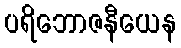
ပရိဘောဇနီယေန